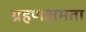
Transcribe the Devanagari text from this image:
ग्रहणक्षमता